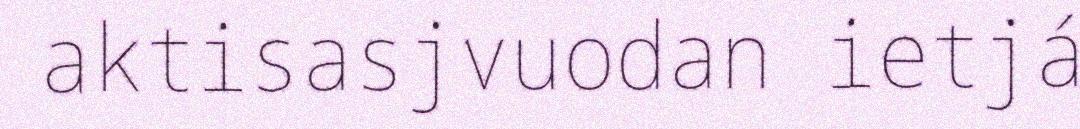
aktisasjvuodan ietjá